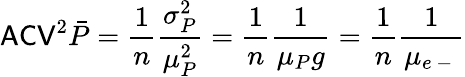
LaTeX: \mathsf{ACV}^{2}\bar{P}=\frac{1}{n}\frac{\sigma_{P}^{2}}{\mu_{P}^{2}}=\frac{1}{n}\frac{1}{\mu_{P}g}=\frac{1}{n}\frac{1}{\mu_{e\mathrm{~-~}}}